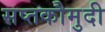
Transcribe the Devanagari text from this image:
सप्तकौमुदी